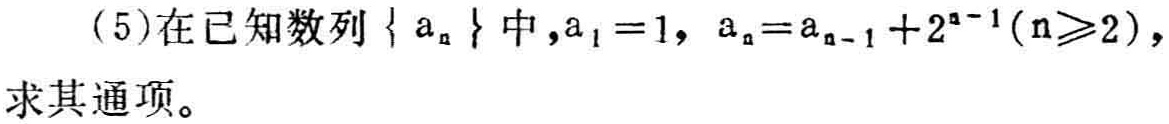
(5)在已知数列\(\{ a_{n}\}\)中，\(a_{1}=1\)，\(a_{n}=a_{n - 1}+2^{n - 1}(n\geqslant2)\)，求其通项。